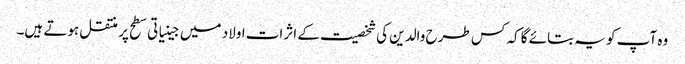
وہ آپ کو یہ بتائے گا کہ کس طرح والدین کی شخصیت کے اثرات اولاد میں جینیاتی سطح پر منتقل ہوتے ہیں۔